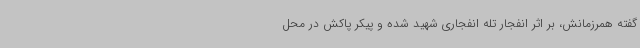
گفته همرزمانش، بر اثر انفجار تله انفجاری شهید شده و پیکر پاکش در محل